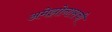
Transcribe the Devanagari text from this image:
अमेझोनासची